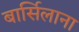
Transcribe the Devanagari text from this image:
बार्सिलाना